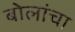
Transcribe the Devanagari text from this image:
बोलांचा